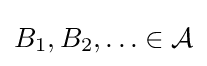
B_{1},B_{2},\ldots \in {\mathcal {A}}